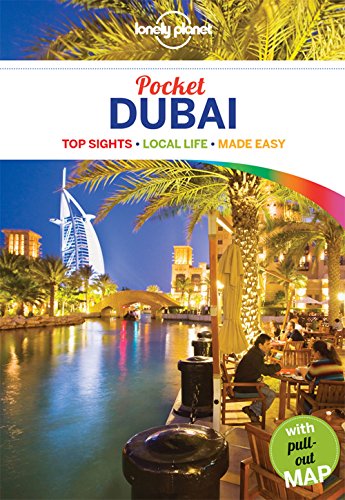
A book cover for Lonely Planet Pocket Dubai (Travel Guide); Lonely Planet; Travel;